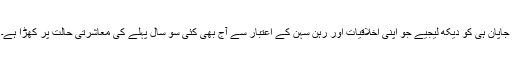
جاپان ہی کو دیکھ لیجیے جو اپنی اخلاقیات اور رہن سہن کے اعتبار سے آج بھی کئی سو سال پہلے کی معاشرتی حالت پر کھڑا ہے۔